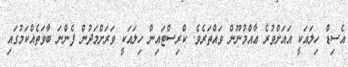
އެސިޑް ހިލައަކީ އައަށްވުރެ ޢާއްމުނޫން ވައްތަރެވެ. ކްރިސްޓައިން ހިލައަކީ ވަރަށްމަދުން ފެންނަ ބާވަތެއްކަމުގައި